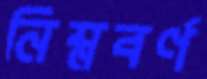
নিম্নবর্ণ